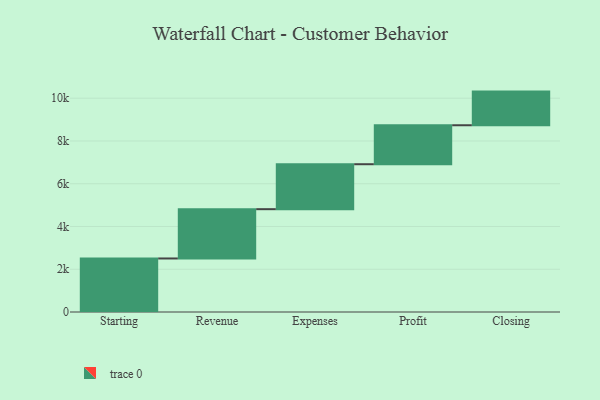
{"axis": {"x": "Step", "y": "Value"}, "legend": [""], "data": [{"x": "Starting", "y": 2504.0, "type": ""}, {"x": "Revenue", "y": 2306.0, "type": ""}, {"x": "Expenses", "y": 2103.0, "type": ""}, {"x": "Profit", "y": 1823.0, "type": ""}, {"x": "Closing", "y": 1574.0, "type": ""}]}